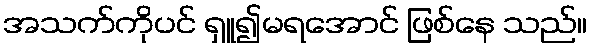
အသက်ကိုပင် ရှူ၍မရအောင် ဖြစ်နေ သည်။